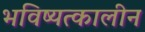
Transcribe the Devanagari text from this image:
भविष्यत्कालीन